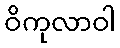
ဝိကုလာဝါ